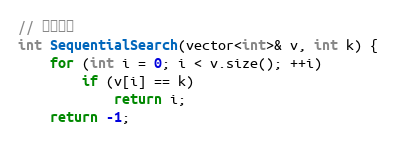
Language: C
// 顺序查找
int SequentialSearch(vector<int>& v, int k) {
	for (int i = 0; i < v.size(); ++i)
		if (v[i] == k)
			return i;
	return -1;